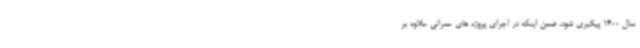
سال 1400 پیگیری شود، ضمن اینکه در اجرای پروژه های عمرانی علاوه بر